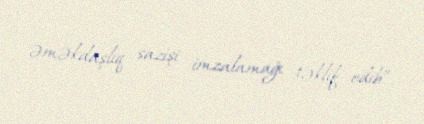
əməkdaşlıq sazişi imzalamağı təklif edib”.